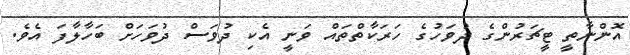
އޮންނާތީ ޓީޗަރުންގެ ދުވަހުގެ ހަރަކާތްތައް ވަނީ އެކި ދުވަސް ދުވަހަށް ބަހާލާފަ އެވެ.